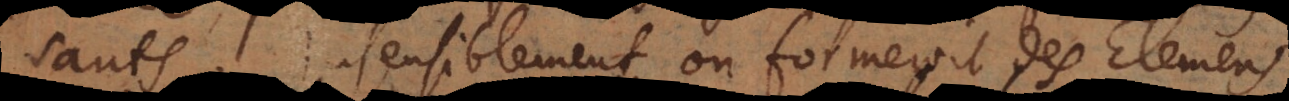
sauts. Insensiblement on formeroit des Elemens